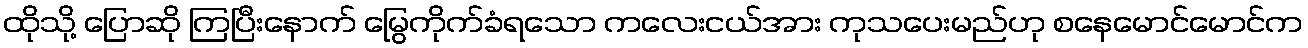
ထိုသို့ ပြောဆို ကြပြီးနောက် မြွေကိုက်ခံရသော ကလေးငယ်အား ကုသပေးမည်ဟု စနေမောင်မောင်က